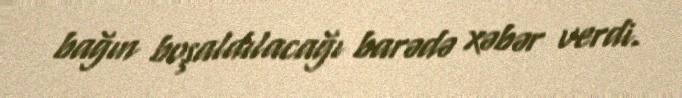
bağın boşaldılacağı barədə xəbər verdi.